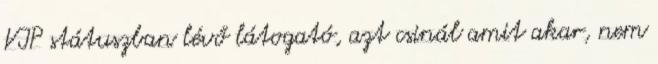
VIP státuszban lévő látogató, azt csinál amit akar, nem